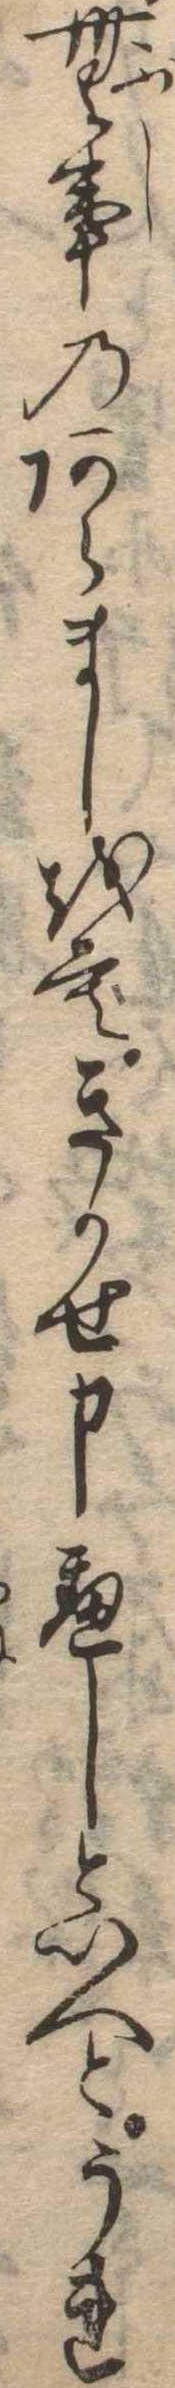
無事のあらましをもきかせ申へしといへどうれ